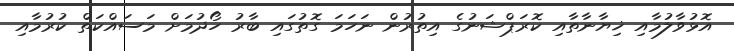
އޮޅުވާލުމާއި ޚިޔާނާތާއި ކޮރަޕްޝަނުގެ އިތުރުން ނަހަމަ ގޮތުގައި ބާރު ހޯދުމަށް މަސައްކަތް ކުރުމާއި